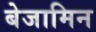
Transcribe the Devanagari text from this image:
बेजामिन